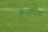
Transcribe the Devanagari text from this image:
केनोपिक